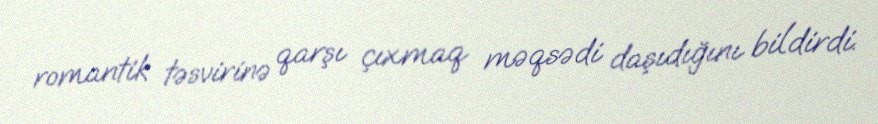
romantik təsvirinə qarşı çıxmaq məqsədi daşıdığını bildirdi.